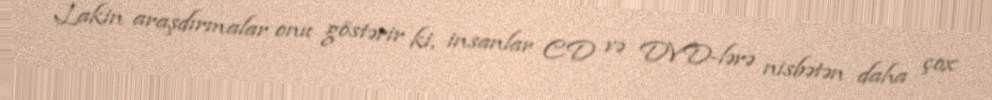
Lakin araşdırmalar onu göstərir ki, insanlar CD və DVD-lərə nisbətən daha çox